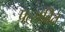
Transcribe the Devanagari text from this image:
प्रत्सवित